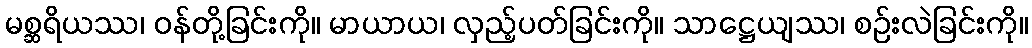
မစ္ဆရိယဿ၊ ဝန်တို့ခြင်းကို။ မာယာယ၊ လှည့်ပတ်ခြင်းကို။ သာဋ္ဌေယျဿ၊ စဉ်းလဲခြင်းကို။